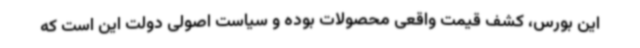
این بورس، کشف قیمت واقعی محصولات بوده و سیاست اصولی دولت این است که